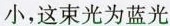
小，这束光为蓝光